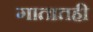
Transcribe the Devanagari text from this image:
गातातही